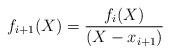
LaTeX: \begin{align*}f_{i+1}(X) = \frac{f_i(X)}{(X-x_{i+1})}\end{align*}